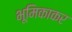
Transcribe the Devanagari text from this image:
भूमिकाकर